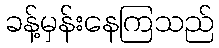
ခန့်မှန်းနေကြသည်